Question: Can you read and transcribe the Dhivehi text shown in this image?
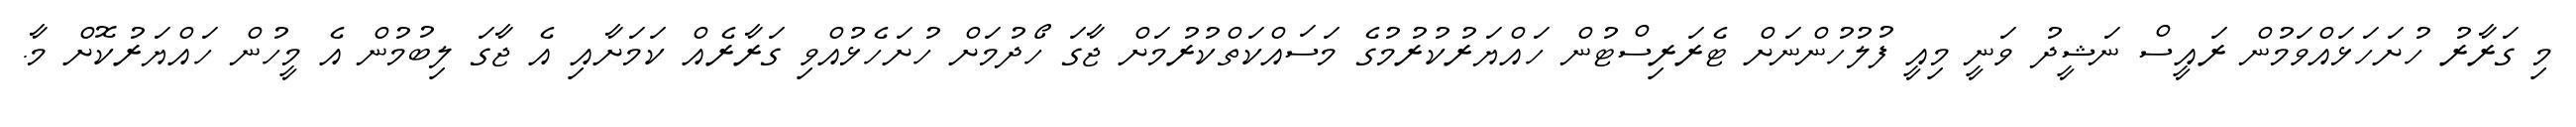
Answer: މި ގަރާރު ހުށަހަޅައްވަމުން ރައީސް ނަޝީދު ވަނީ މިއީ ފުލުހުންނަށް ޓެރަރިސްޓުން ހައްޔަރުކުރުމުގެ މަސައްކަތްކުރުމަށް ޖާގަ ހޯދުމަށް ހުށަހެޅުއްވި ގަރާރެއް ކަމަށާއި އެ ޖާގަ ލިބުމުން އެ މީހުން ހައްޔަރުކޮށް މާ.